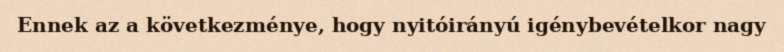
Ennek az a következménye, hogy nyitóirányú igénybevételkor nagy